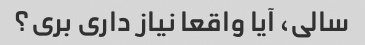
سالی، آیا واقعا نیاز داری بری؟